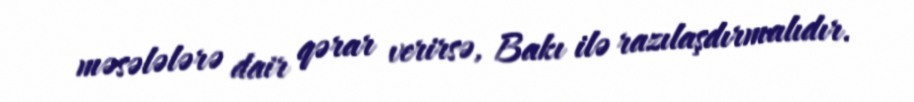
məsələlərə dair qərar verirsə, Bakı ilə razılaşdırmalıdır.